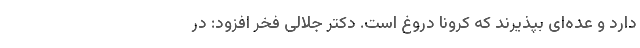
دارد و عده‌ای بپذیرند که کرونا دروغ است. دکتر جلالی فخر افزود: در